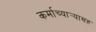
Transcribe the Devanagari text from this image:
कर्माच्यार्‍यासह